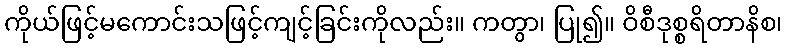
ကိုယ်ဖြင့်မကောင်းသဖြင့်ကျင့်ခြင်းကိုလည်း။ ကတွာ၊ ပြု၍။ ဝိစီဒုစ္စရိတာနိစ၊